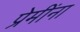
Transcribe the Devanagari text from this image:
प्रेमींना